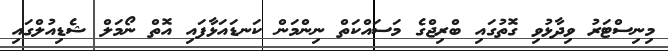
މިނިސްޓަރު ވިދާޅުވި ގޮތުގައި ބްރިޖްގެ މަސައްކަތް ނިންމަން ކަނޑައަޅާފައި އޮތް ނޯމަލް ޝެޑިއުލްގައި